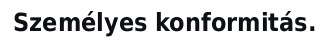
Személyes konformitás.